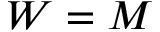
W = M